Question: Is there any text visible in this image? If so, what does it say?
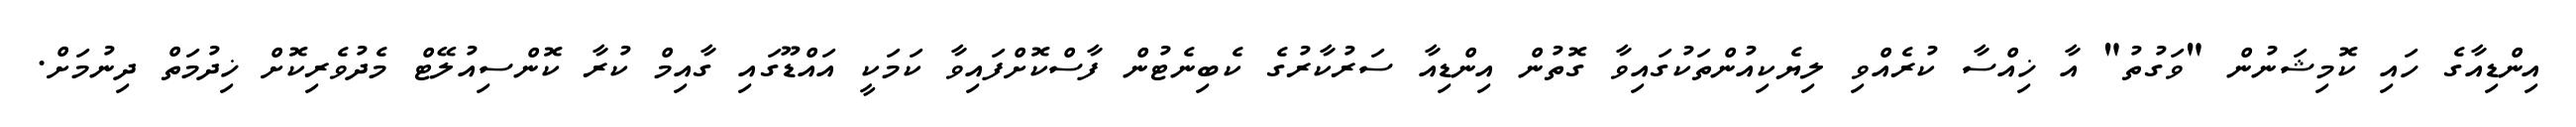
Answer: އިންޑިއާގެ ހައި ކޮމިޝަނުން "ވަގުތު" އާ ޚިއްސާ ކުރެއްވި ލިޔެކިއުންތަކުގައިވާ ގޮތުން އިންޑިއާ ސަރުކާރުގެ ކެބިނެޓުން ފާސްކޮށްފައިވާ ކަމަކީ އައްޑޫގައި ގާއިމް ކުރާ ކޮންސިއުލޭޓް މެދުވެރިކޮށް ޚިދުމަތް ދިނުމަށް.